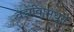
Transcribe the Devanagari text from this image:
वर्झावामधून